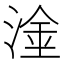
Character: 𱧕